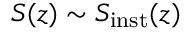
S ( z ) \sim S _ { \mathrm { i n s t } } ( z )